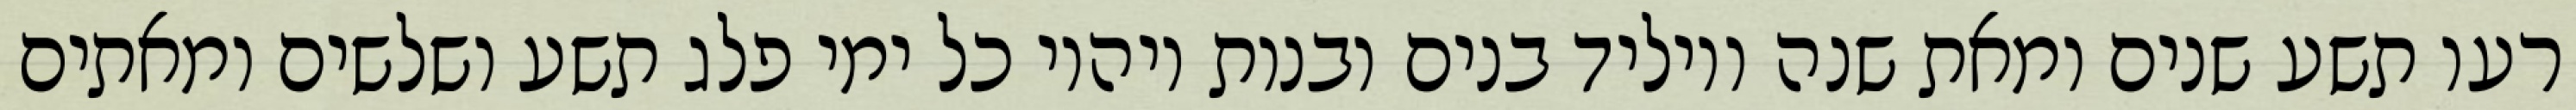
רעו תשע שנים ומאת שנה ויוליד בנים ובנות ויהיו כל ימי פלג תשע ושלשים ומאתים